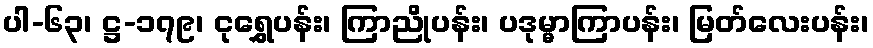
ပါ-၆၃၊ ဋ္ဌ-၁၇၉၊ ငုရွှေပန်း၊ ကြာညိုပန်း၊ ပဒုမ္မာကြာပန်း၊ မြတ်လေးပန်း၊